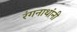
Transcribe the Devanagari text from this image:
रंगनाथांनी